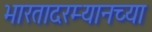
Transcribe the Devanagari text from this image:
भारतादरम्यानच्या